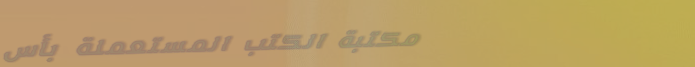
مكتبة الكتب المستعملة بأس